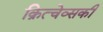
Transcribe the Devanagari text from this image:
क्रित्चेव्सकी